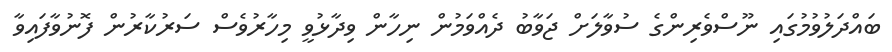
ބައްދަލުވުމުގައި ނޫސްވެރިންގެ ސުވާލަށް ޖަވާބު ދެއްވަމުން ނިހާން ވިދާޅުވީ މިހާރުވެސް ސަރުކާރުން ފޮނުވާފައިވާ